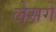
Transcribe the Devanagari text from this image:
लेसगे